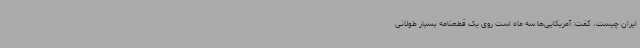
ایران چیست، گفت: آمریکایی‌ها سه ماه است روی یک قطعنامه‌ بسیار طولانی